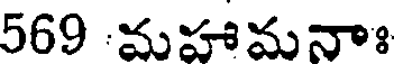
569 మహామనాః